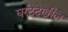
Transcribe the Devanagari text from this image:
घरटेदेखील